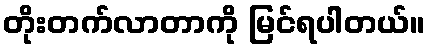
တိုးတက်လာတာကို မြင်ရပါတယ်။